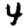
Digit: 4